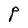
Character: P